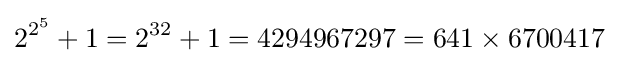
2^{2^{5}}+1=2^{32}+1=4294967297=641\times 6700417